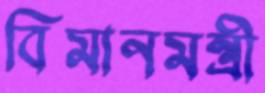
বিমানমন্ত্রী